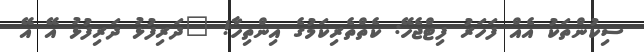
ސިކުންތަކު އެއް ފަހަރު ފިޓްޖެހޭ: ކެތްތެރިކަމުގެ އިންތިހާ! "ދަރިފުޅު ދަރިފުޅު އޭ އޭ